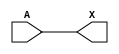
module sky130_fd_sc_hd__lpflow_lsbuf_lh_hl_isowell_tap (
    X,
    A
);

    // Module ports
    output X;
    input  A;

    // Module supplies
    supply1 VPWR;
    supply0 VGND;
    supply1 VPB ;

    //  Name  Output  Other arguments
    buf buf0 (X     , A              );

endmodule